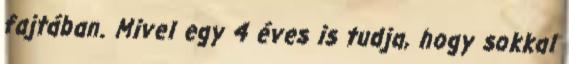
fajtában. Mivel egy 4 éves is tudja, hogy sokkal